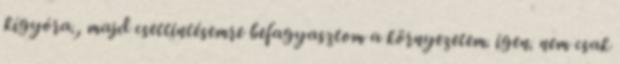
kígyóra., majd csettintésemre befagyasztom a környezetem. igen. nem csak